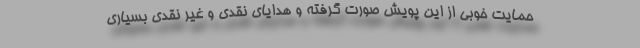
حمایت خوبی از این پویش صورت گرفته و هدایای نقدی و غیر نقدی بسیاری